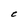
Character: C